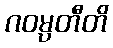
ဂဝမ္ပတီတိ